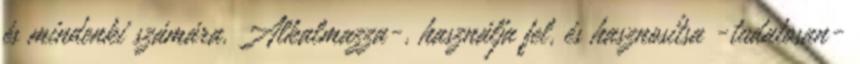
és mindenki számára. Alkalmazza-, használja fel, és hasznosítsa -tudatosan-